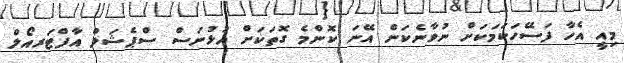
މިއީ އެހާ ފަސޭހަކަމަކަށް ނުވާނެކަން އޭނަ ކޮންމެ ގޮތަކަށް އުޅުނަސް ސްޕެޝަލް އާފްޓަރއޯލް